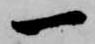
一